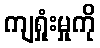
ကျရှုံးမှုကို